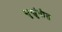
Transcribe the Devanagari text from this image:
सुखुंवीत